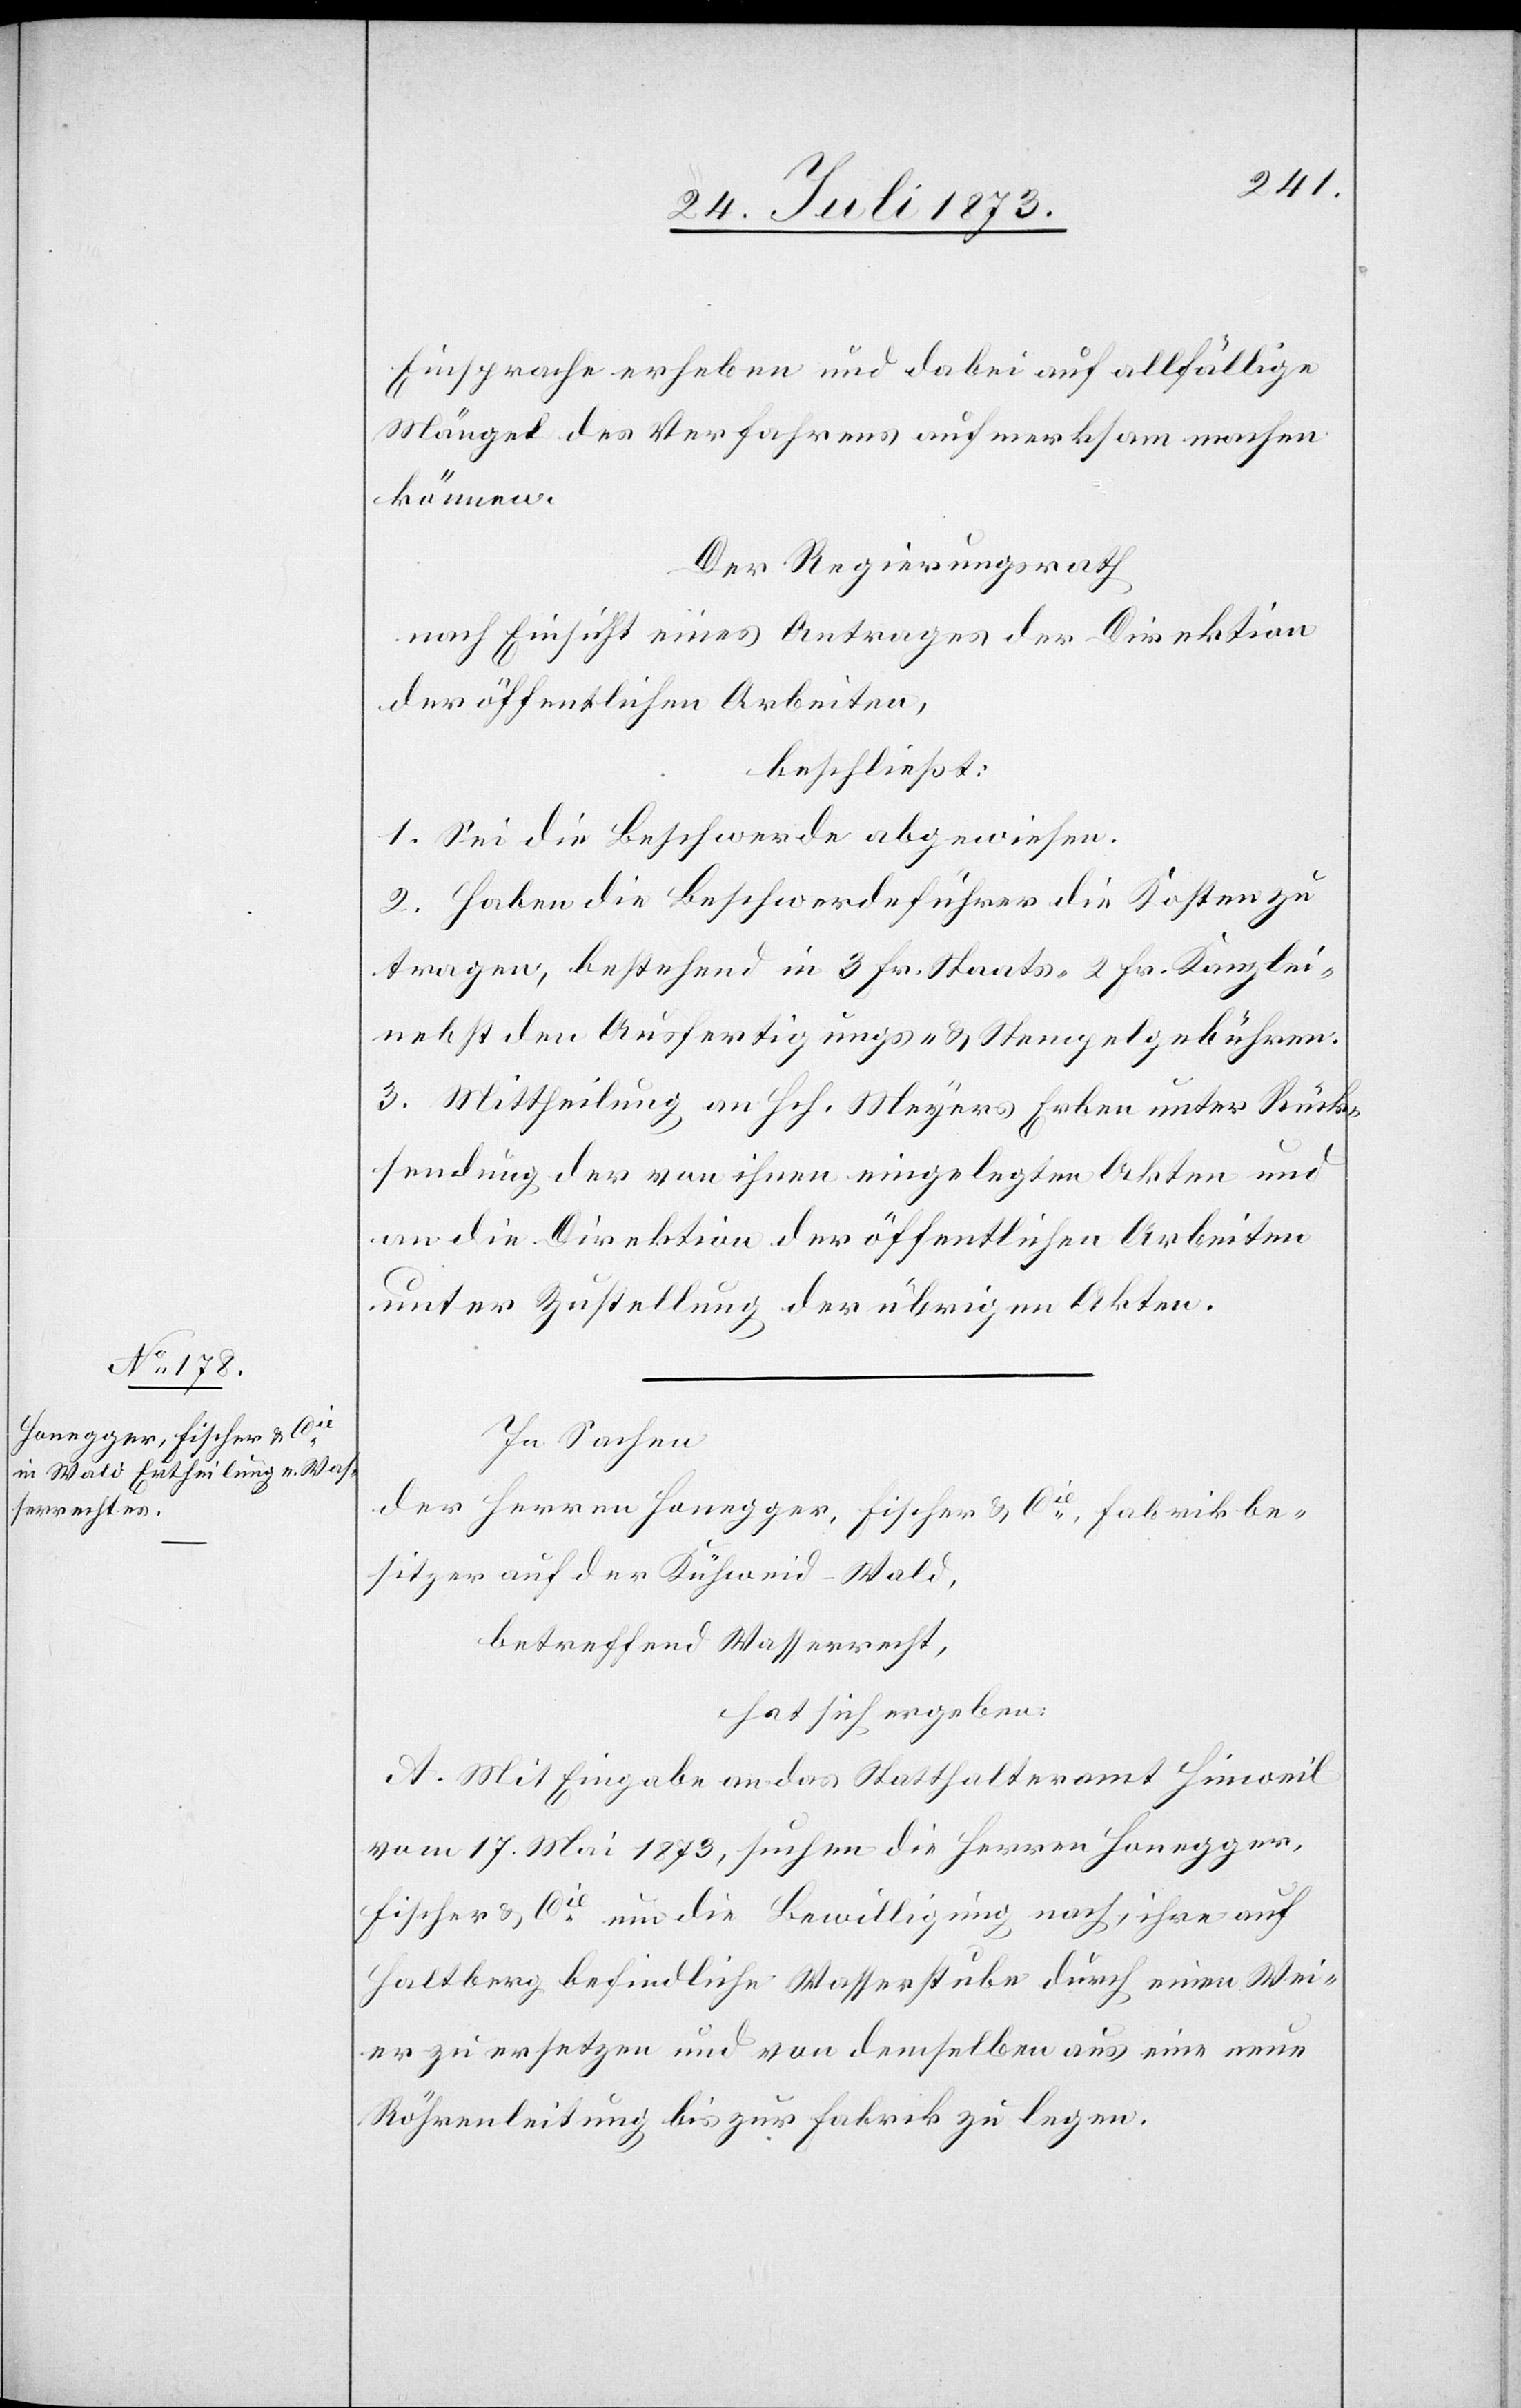
Einsprache erheben und dabei auf allfällige
Mängel des Verfahrens aufmerksam machen
können.
Der Regierungsrath
nach Einsicht eines Antrages der Direktion
der öffentlichen Arbeiten,
beschließt:
1. Sei die Beschwerde abgewiesen.
2. Haben die Beschwerdeführer die Kosten zu
tragen, bestehend in 3 Fr. Staats- 2 Fr. Kanzlei-
nebst den Ausfertigungs- & Stempelgebühren.
3. Mittheilung an Hch. Meyers Erben unter Rück¬
sendung der von ihnen eingelegten Akten und
an die Direktion der öffentlichen Arbeiten
unter Zustellung der übrigen Akten.
In Sachen
der Herren Honegger, Fischer & Cie, Fabrikbe¬
sitzer auf der Kühweid-Wald,
betreffend Wasserrecht,
hat sich ergeben:
A. Mit Eingabe an das Statthalteramt Hinweil
vom 17. Mai 1873, suchen die Herren Honegger,
Fischer & Cie um die Bewilligung nach, ihre auf
Haltberg befindliche Wasserstube durch einen Wei¬
er zu ersetzen und von demselben aus eine neue
Röhrenleitung bis zur Fabrik zu legen.